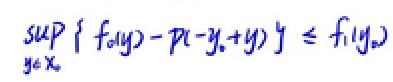
\[\sup_{y \in X_0} \{ f_0(y) - p(-y_* + y) \} \leq f_1(y_*)\]